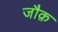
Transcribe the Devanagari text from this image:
जौक़